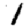
Digit: 1